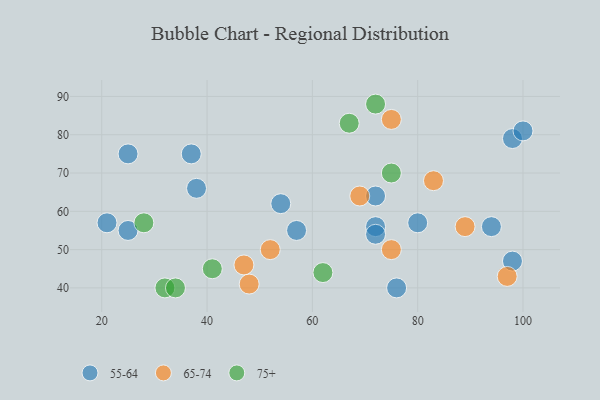
{"axis": {"x": "GDP", "y": "Life Expectancy"}, "legend": ["55-64", "65-74", "75+"], "data": [{"x": "72", "y": 64, "type": "55-64"}, {"x": "72", "y": 56, "type": "55-64"}, {"x": "54", "y": 62, "type": "55-64"}, {"x": "98", "y": 47, "type": "55-64"}, {"x": "38", "y": 66, "type": "55-64"}, {"x": "76", "y": 40, "type": "55-64"}, {"x": "25", "y": 75, "type": "55-64"}, {"x": "94", "y": 56, "type": "55-64"}, {"x": "72", "y": 54, "type": "55-64"}, {"x": "21", "y": 57, "type": "55-64"}, {"x": "98", "y": 79, "type": "55-64"}, {"x": "57", "y": 55, "type": "55-64"}, {"x": "80", "y": 57, "type": "55-64"}, {"x": "37", "y": 75, "type": "55-64"}, {"x": "100", "y": 81, "type": "55-64"}, {"x": "25", "y": 55, "type": "55-64"}, {"x": "83", "y": 68, "type": "65-74"}, {"x": "75", "y": 84, "type": "65-74"}, {"x": "75", "y": 50, "type": "65-74"}, {"x": "52", "y": 50, "type": "65-74"}, {"x": "97", "y": 43, "type": "65-74"}, {"x": "89", "y": 56, "type": "65-74"}, {"x": "47", "y": 46, "type": "65-74"}, {"x": "69", "y": 64, "type": "65-74"}, {"x": "48", "y": 41, "type": "65-74"}, {"x": "28", "y": 57, "type": "75+"}, {"x": "75", "y": 70, "type": "75+"}, {"x": "41", "y": 45, "type": "75+"}, {"x": "72", "y": 88, "type": "75+"}, {"x": "32", "y": 40, "type": "75+"}, {"x": "67", "y": 83, "type": "75+"}, {"x": "62", "y": 44, "type": "75+"}, {"x": "34", "y": 40, "type": "75+"}]}